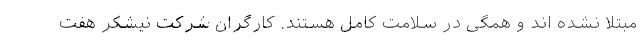
مبتلا نشده اند و همگی در سلامت کامل هستند. کارگران شرکت نیشکر هفت